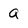
Character: a